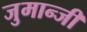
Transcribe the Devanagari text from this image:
जुमान्जी